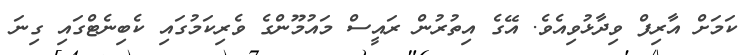
ކަމަށް އާރިފް ވިދާޅުވިއެވެ. އޭގެ އިތުރުން ރައީސް މައުމޫންގެ ވެރިކަމުގައި ކެބިނެޓްގައި ގިނަ